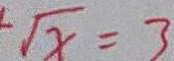
\sqrt { x } = 3